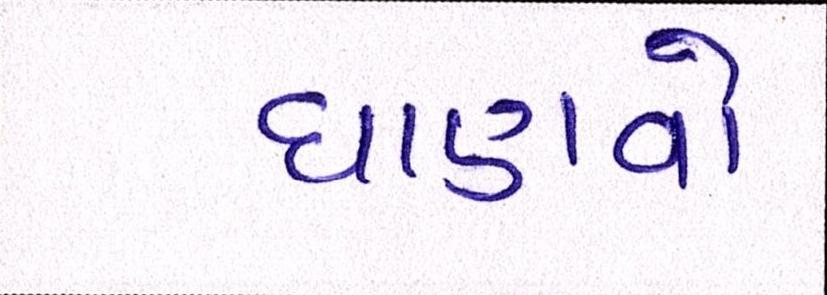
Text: ઘાણવો